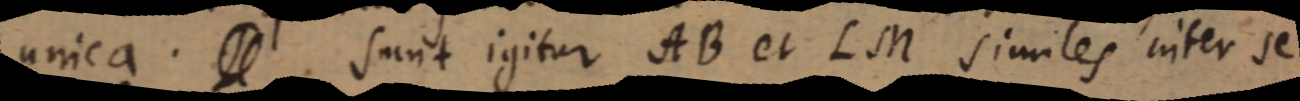
unica. _ sunt igitur AB et LM similes inter se